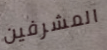
المشرفين